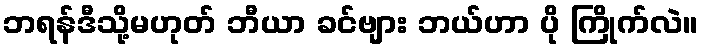
ဘရန်ဒီသို့မဟုတ် ဘီယာ ခင်ဗျား ဘယ်ဟာ ပို ကြိုက်လဲ။